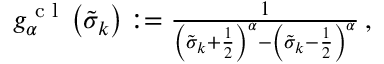
\begin{array} { r } { g _ { \alpha } ^ { \textrm { c l } } \left( \tilde { \sigma } _ { k } \right) : = \frac { 1 } { \left( \tilde { \sigma } _ { k } + \frac { 1 } { 2 } \right) ^ { \alpha } - \left( \tilde { \sigma } _ { k } - \frac { 1 } { 2 } \right) ^ { \alpha } } \, , } \end{array}